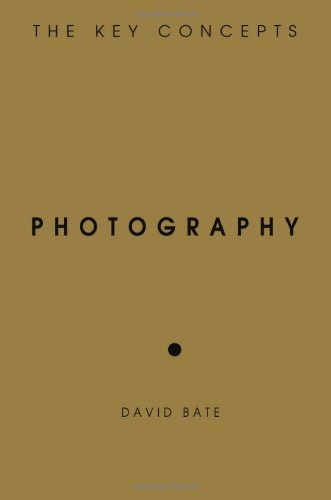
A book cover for Photography: The Key Concepts; David Bate; Politics & Social Sciences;